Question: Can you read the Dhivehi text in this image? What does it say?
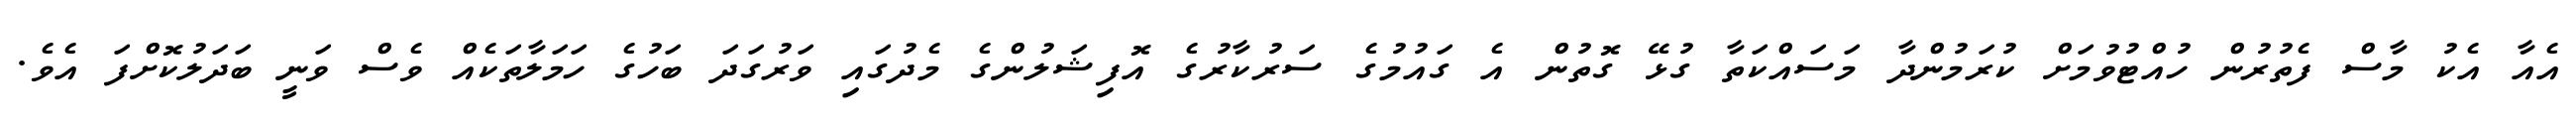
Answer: އެއާ އެކު މާސް ފެތުރުން ހުއްޓުވުމަށް ކުރަމުންދާ މަސައްކަތާ ގުޅޭ ގޮތުން އެ ގައުމުގެ ސަރުކާރުގެ އޮފިޝަލުންގެ މެދުގައި ވަރުގަދަ ބަހުގެ ހަމަލާތަކެއް ވެސް ވަނީ ބަދަލުކޮށްފަ އެވެ.